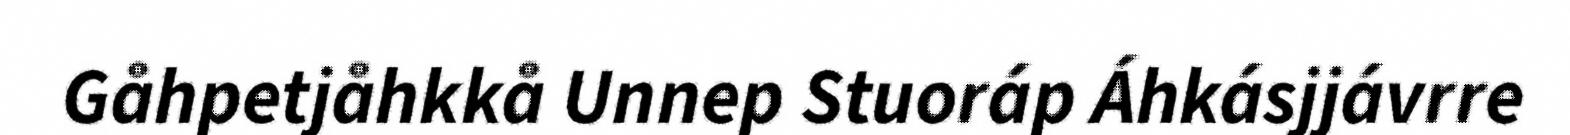
Gåhpetjåhkkå Unnep Stuoráp Áhkásjjávrre